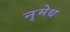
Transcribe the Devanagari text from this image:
नृमेध